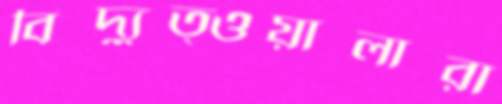
বিদ্যুত্ওয়ালারা